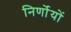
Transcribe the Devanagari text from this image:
निर्णोयों